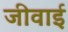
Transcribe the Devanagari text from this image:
जीवाई